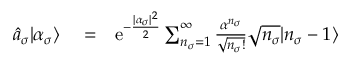
\begin{array} { r l r } { \hat { a } _ { \sigma } | \alpha _ { \sigma } \rangle } & { { } = } & { \mathrm { e } ^ { - \frac { | \alpha _ { \sigma } | ^ { 2 } } { 2 } } \sum _ { n _ { \sigma } = 1 } ^ { \infty } \frac { \alpha ^ { n _ { \sigma } } } { \sqrt { n _ { \sigma } ! } } \sqrt { n _ { \sigma } } | n _ { \sigma } - 1 \rangle } \end{array}